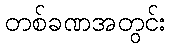
တစ်ခဏအတွင်း